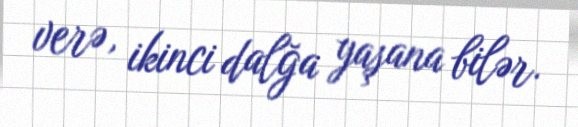
verə, ikinci dalğa yaşana bilər.